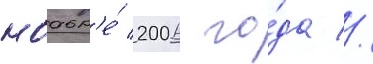
ноабр'е́ 2006 го́да //